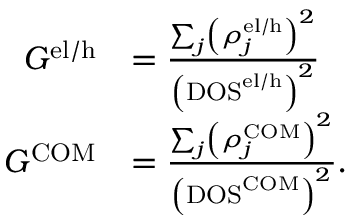
\begin{array} { r l } { G ^ { \mathrm { e l / h } } } & { = \frac { \sum _ { j } \left( \rho _ { j } ^ { \mathrm { e l / h } } \right) ^ { 2 } } { \left( \mathrm { D O S } ^ { \mathrm { e l / h } } \right) ^ { 2 } } } \\ { G ^ { \mathrm { C O M } } } & { = \frac { \sum _ { j } \left( \rho _ { j } ^ { \mathrm { C O M } } \right) ^ { 2 } } { \left( \mathrm { D O S } ^ { \mathrm { C O M } } \right) ^ { 2 } } . } \end{array}